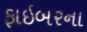
ફાઇબરના